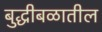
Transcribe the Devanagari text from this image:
बुद्धीबळातील